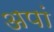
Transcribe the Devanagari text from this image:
अपां